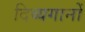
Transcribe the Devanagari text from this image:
दिव्यगानों